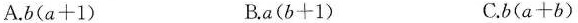
A.$$b ( a + 1 )$$ B.$$a ( b + 1 )$$ C.$$b ( a + b )$$